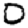
Digit: 0